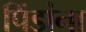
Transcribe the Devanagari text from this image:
पिंडांना